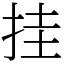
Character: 挂